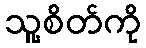
သူ့စိတ်ကို